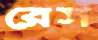
রেস